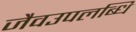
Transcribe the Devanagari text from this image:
जैवउपलब्धि